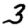
Digit: 3